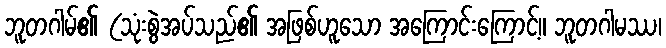
ဘူတဂါမ်၏ (သုံးစွဲအပ်သည်၏ အဖြစ်ဟူသော အကြောင်းကြောင့်။ ဘူတဂါမဿ၊